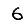
Digit: 6